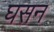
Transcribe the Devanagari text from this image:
घसन